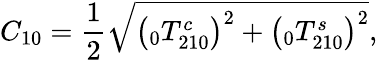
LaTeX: C_{10}=\frac{1}{2}\sqrt{\left(\phantom{}_{0}T_{210}^{c}\right)^{2}+\left(\phantom{}_{0}T_{210}^{s}\right)^{2}},